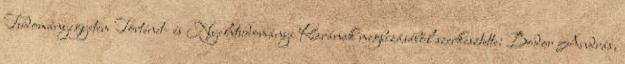
Tudományegyetem Történet- és Nyelvtudományi Karának megbízásából szerkesztette: Bodor András,